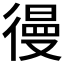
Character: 𰐷